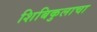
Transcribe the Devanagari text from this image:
शिबिकुलाचा